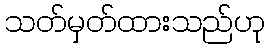
သတ်မှတ်ထားသည်ဟု